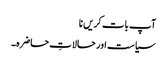
آپ بات کریں نا
سیاست اور حالاتِ حاضرہ۔